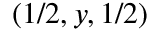
( 1 / 2 , y , 1 / 2 )